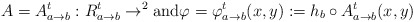
\begin{align*}A=A^t_{a\to b}:R^t_{a\to b}\to \real^2 \mbox{and}\varphi=\varphi^{t}_{a\to b}(x,y):=h_b\circ A^t_{a\to b}(x,y)\end{align*}